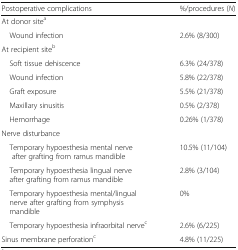
| Postoperative complications | %/procedures (N) |
 | --- | --- |
 | At donor sitea |  |
 | Wound infection | 2.6% (8/300) |
 | At recipient siteb |  |
 | Soft tissue dehiscence | 6.3% (24/378) |
 | Wound infection | 5.8% (22/378) |
 | Graft exposure | 5.5% (21/378) |
 | Maxillary sinusitis | 0.5% (2/378) |
 | Hemorrhage | 0.26% (1/378) |
 | Nerve disturbance |  |
 | Temporary hypoesthesia mental nerve after grafting from ramus mandible | 10.5% (11/104) |
 | Temporary hypoesthesia lingual nerve after grafting from ramus mandible | 2.8% (3/104) |
 | Temporary hypoesthesia mental/lingual nerve after grafting from symphysis mandible | 0% |
 | Temporary hypoesthesia infraorbital nervec | 2.6% (6/225) |
 | Sinus membrane perforationc | 4.8% (11/225) |